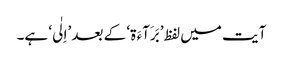
آیت میں لفظ ’بَرَآءَ ۃ‘ کے بعد ’اِلٰی‘ ہے۔